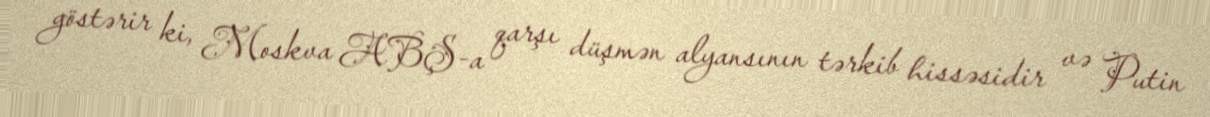
göstərir ki, Moskva ABŞ-a qarşı düşmən alyansının tərkib hissəsidir və Putin